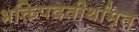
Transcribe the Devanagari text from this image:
भक्तिपदतीर्थामृत